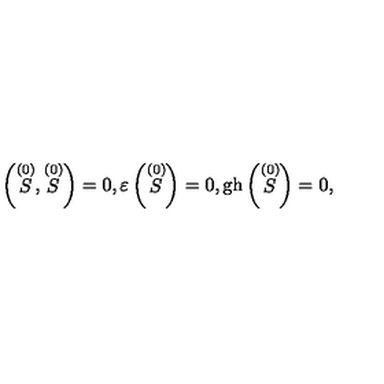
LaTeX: \left( \stackrel { ( 0 ) } { S } , \stackrel { ( 0 ) } { S } \right) = 0 , \varepsilon \left( \stackrel { ( 0 ) } { S } \right) = 0 , \mathrm { g h } \left( \stackrel { ( 0 ) } { S } \right) = 0 ,